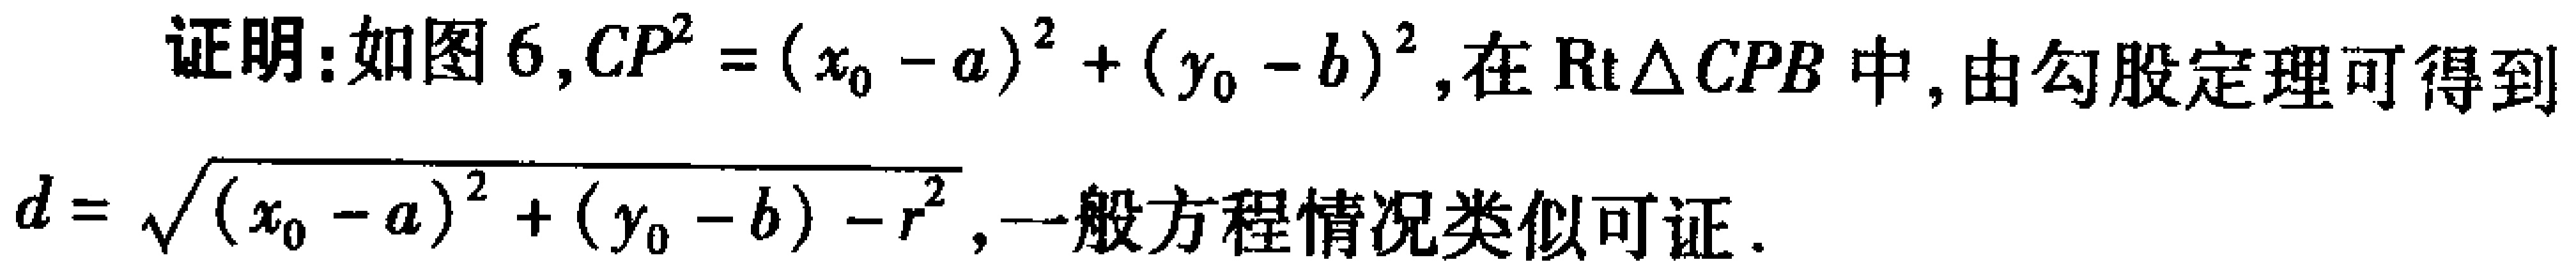
证明：如图6,$CP^{2}=(x_{0}-a)^{2}+(y_{0}-b)^{2}$,在$\mathrm{Rt}\triangle CPB$中,由勾股定理可得到
$d = \sqrt{(x_{0}-a)^{2}+(y_{0}-b)-r^{2}}$,一般方程情况类似可证.